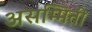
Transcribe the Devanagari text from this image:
असम्मिती